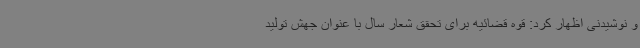
و نوشیدنی اظهار کرد: قوه قضائیه برای تحقق شعار سال با عنوان جهش تولید